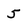
Character: 5